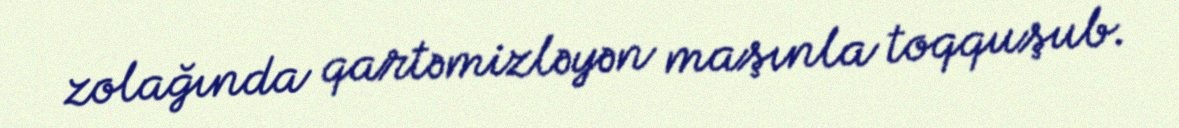
zolağında qartəmizləyən maşınla toqquşub.